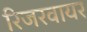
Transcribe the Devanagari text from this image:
रिजरवायर